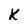
Character: K